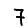
Digit: 7